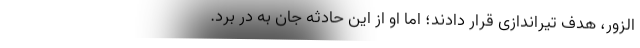
الزور، هدف تیراندازی قرار دادند؛ اما او از این حادثه جان به در برد.